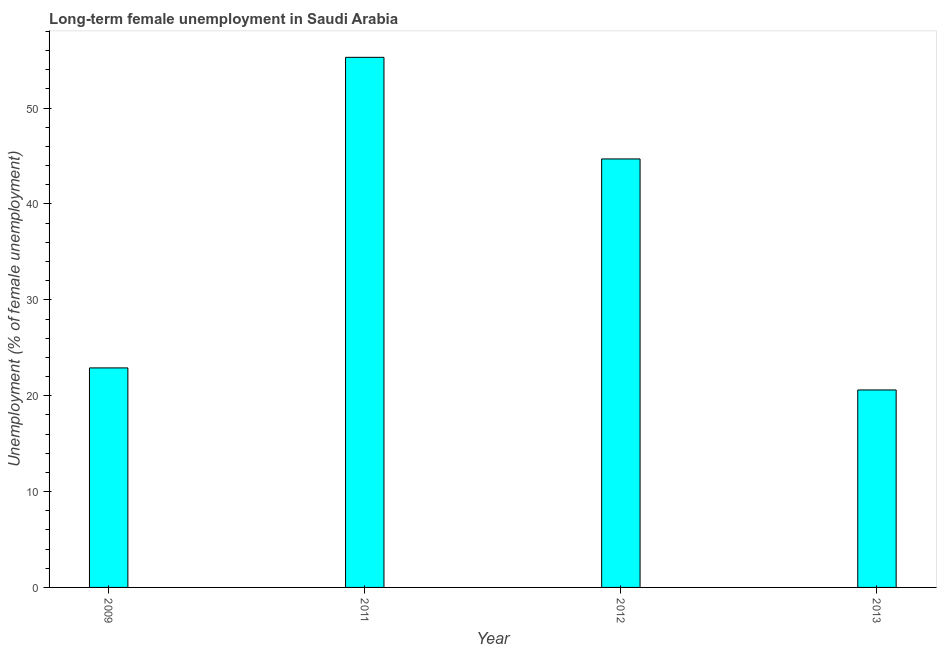
| Year | Long-term unemployment female |
 | --- | --- |
 | 2009 | 22.9 |
 | 2011 | 55.3 |
 | 2012 | 44.7 |
 | 2013 | 20.6 |